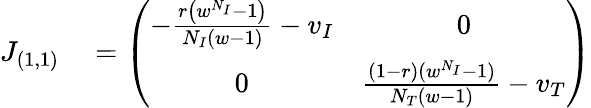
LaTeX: \begin{array}{rl}{J_{(1,1)}}&{{}=\left(\begin{array}{cc}{-\frac{r\left(w^{N_{I}}-1\right)}{N_{I}(w-1)}-v_{I}}&{0}\\ {0}&{\frac{(1-r)(w^{N_{I}}-1)}{N_{T}(w-1)}-v_{T}}\end{array}\right)}\end{array}